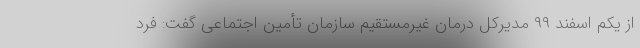
از یکم اسفند ۹۹ مدیرکل درمان غیرمستقیم سازمان تأمین اجتماعی گفت: فرد